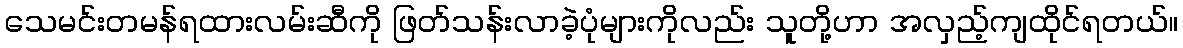
သေမင်းတမန်ရထားလမ်းဆီကို ဖြတ်သန်းလာခဲ့ပုံများကိုလည်း သူတို့ဟာ အလှည့်ကျထိုင်ရတယ်။